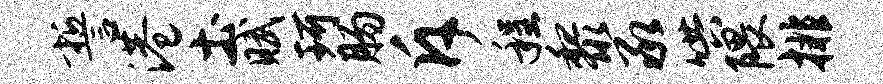
誓港土赋珂肠斥程黎承哄隈排